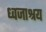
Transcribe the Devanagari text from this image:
ध्वजाश्रय